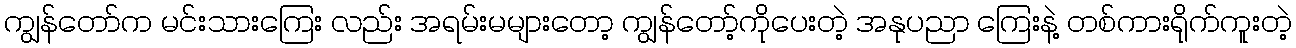
ကျွန်တော်က မင်းသားကြေး လည်း အရမ်းမများတော့ ကျွန်တော့်ကိုပေးတဲ့ အနုပညာ ကြေးနဲ့ တစ်ကားရိုက်ကူးတဲ့